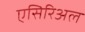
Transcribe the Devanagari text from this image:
एसिरिअल